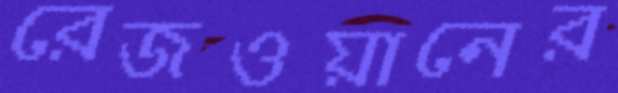
রেজওয়ানের